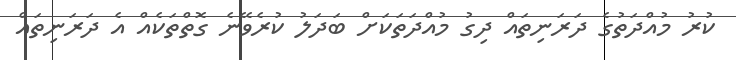
ކުރު މުއްދަތުގެ ދަރަނިތައް ދިގު މުއްދަތަކަށް ބަދަލު ކުރެވޭނެ ގޮތްތަކެއް އެ ދަރަނިތައް